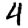
Digit: 4